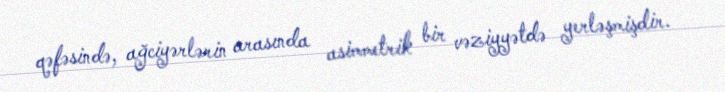
qəfəsində, ağciyərlərin arasında asimmetrik bir vəziyyətdə yerləşmişdir.